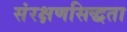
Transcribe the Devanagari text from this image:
संरक्षणसिद्धता